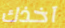
آخذك